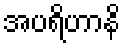
အပရိဟာနိ